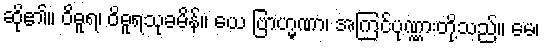
ဆို၏။ ဝိဓူရ၊ ဝိဓူရသုခမိန်။ ယေ ဗြာဟ္မဏာ၊ အကြင်ပုဏ္ဏားတို့သည်။ မေ၊